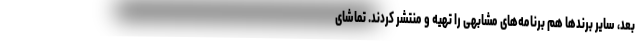
بعد، سایر برندها هم برنامه‌های مشابهی را تهیه و منتشر کردند. تماشای